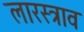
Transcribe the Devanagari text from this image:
लारस्त्राव